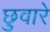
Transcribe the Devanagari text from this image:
छुवारे